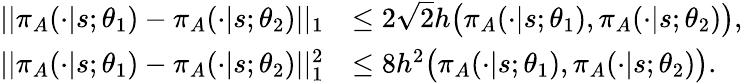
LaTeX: \begin{array}{rl}{||\pi_{A}(\cdot|s;\theta_{1})-\pi_{A}(\cdot|s;\theta_{2})||_{1}}&{\leq 2\sqrt{2}h\big(\pi_{A}(\cdot|s;\theta_{1}),\pi_{A}(\cdot|s;\theta_{2})\big),}\\ {||\pi_{A}(\cdot|s;\theta_{1})-\pi_{A}(\cdot|s;\theta_{2})||_{1}^{2}}&{\leq 8h^{2}\big(\pi_{A}(\cdot|s;\theta_{1}),\pi_{A}(\cdot|s;\theta_{2})\big).}\end{array}